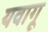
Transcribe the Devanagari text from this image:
यवागू